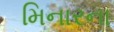
મિનારના